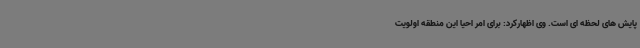
پایش های لحظه ای است. وی اظهارکرد: برای امر احیا این منطقه اولویت